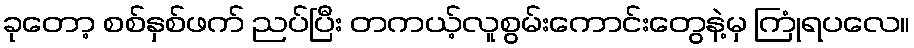
ခုတော့ စစ်နှစ်ဖက် ညပ်ပြီး တကယ့်လူစွမ်းကောင်းတွေနဲ့မှ ကြုံရပလေ။